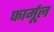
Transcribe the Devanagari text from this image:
फार्मूल